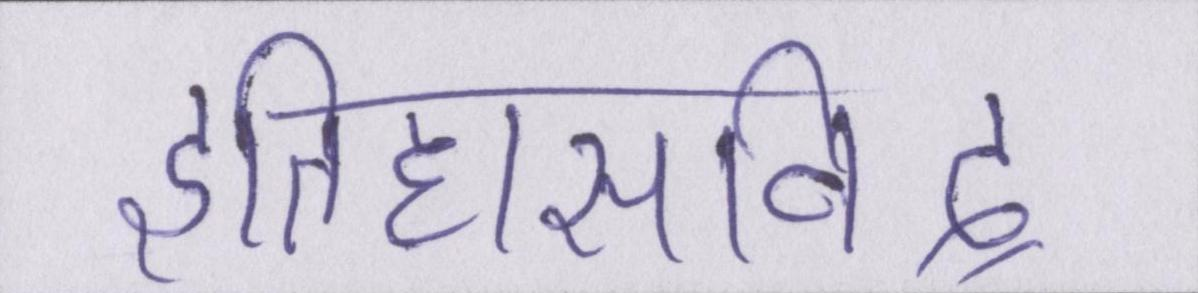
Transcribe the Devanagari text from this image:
इतिहासविद्